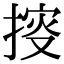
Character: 𢯱